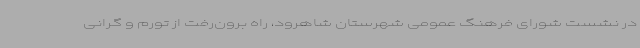
در نشست شورای فرهنگ عمومی شهرستان شاهرود، راه برون‌رفت از تورم و گرانی